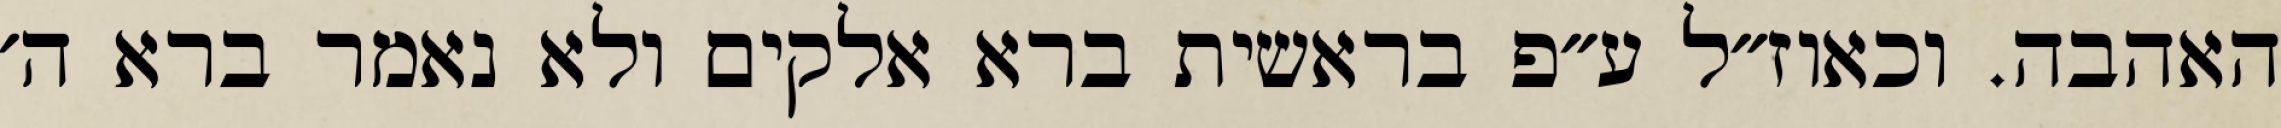
האהבה. וכאוז״ל ע״פ בראשית ברא אלקים ולא נאמר ברא ה׳